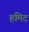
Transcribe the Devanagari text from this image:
हमिट